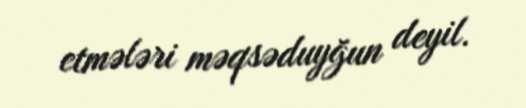
etmələri məqsəduyğun deyil.